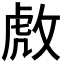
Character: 𫾹